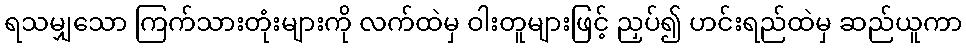
ရသမျှသော ကြက်သားတုံးများကို လက်ထဲမှ ဝါးတူများဖြင့် ညှပ်၍ ဟင်းရည်ထဲမှ ဆည်ယူကာ